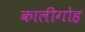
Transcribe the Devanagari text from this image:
कालीगोह